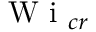
\textrm { W i } _ { c r }